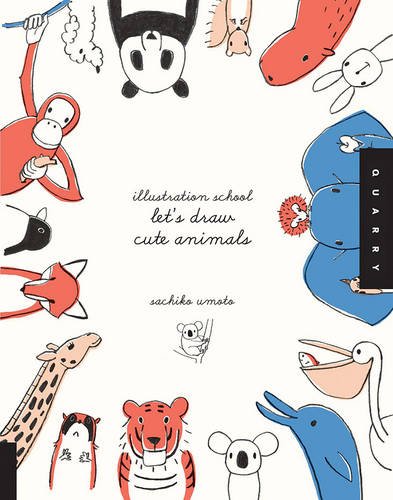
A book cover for Illustration School:  Let's Draw Cute Animals; Sachiko Umoto; Comics & Graphic Novels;